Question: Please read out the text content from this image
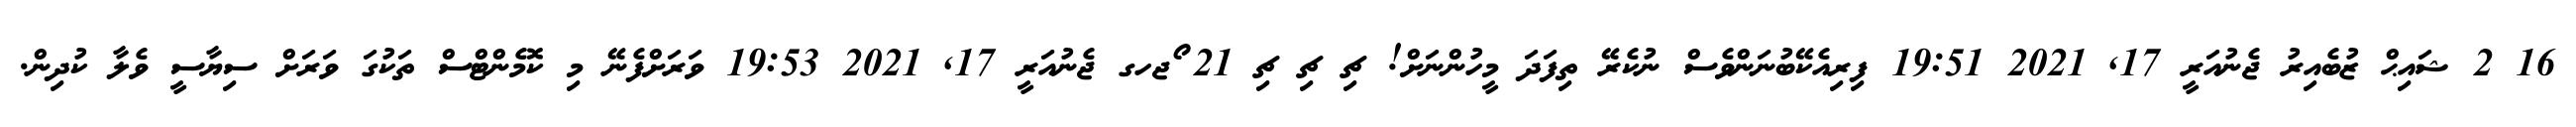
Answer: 16 2 ޝައިޙް ޒުބެއިރު ޖެނުއަރީ 17, 2021 19:51 ފިރިއެކޭބުނަންވެސް ނުކެރޭ ތިފަދަ މީހުންނަށް! ޗި ޗި ޗި 21 ޯޖހގ ޖެނުއަރީ 17, 2021 19:53 ވަރަށްފެނޭ މި ކޮމެންޓްސް ތަކުގަ ވަރަށް ސިޔާސީ ވެލާ ކުދިން.